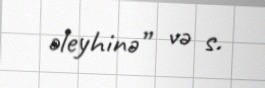
əleyhinə” və s.